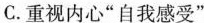
C.重视内心”自我感受”